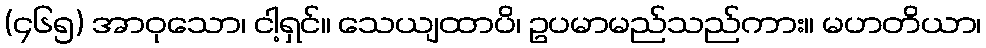
(၄၆၅) အာဝုသော၊ ငါ့ရှင်။ သေယျထာပိ၊ ဥပမာမည်သည်ကား။ မဟတိယာ၊